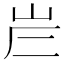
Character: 𡶂